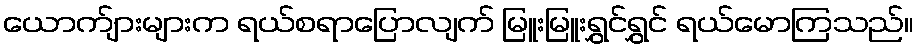
ယောက်ျားများက ရယ်စရာပြောလျက် မြူးမြူးရွှင်ရွှင် ရယ်မောကြသည်။